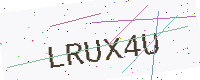
Text: LRUX4U